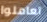
تعاملوا